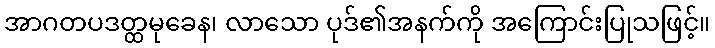
အာဂတပဒတ္ထမုခေန၊ လာသော ပုဒ်၏အနက်ကို အကြောင်းပြုသဖြင့်။